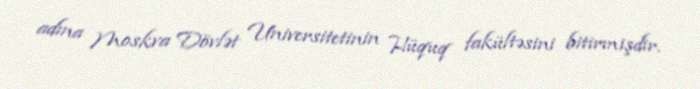
adına Moskva Dövlət Universitetinin Hüquq fakültəsini bitirmişdir.